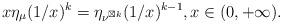
LaTeX: \begin{align*}x\eta_{\mu}(1/x)^{k}=\eta_{\nu^{\boxtimes k}}(1/x)^{k-1},x\in(0,+\infty).\end{align*}